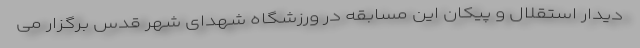
دیدار استقلال و پیکان این مسابقه در ورزشگاه شهدای شهر قدس برگزار می